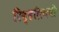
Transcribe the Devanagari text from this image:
रिव्हलिनची